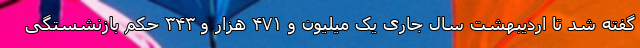
گفته شد تا اردیبهشت سال جاری یک میلیون و ۴۷۱ هزار و ۳۴۳ حکم بازنشستگی